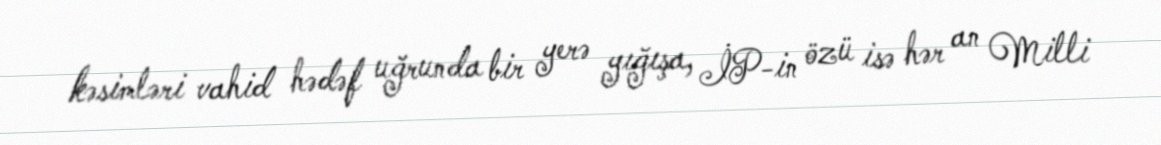
kəsimləri vahid hədəf uğrunda bir yerə yığışa, İP-in özü isə hər an Milli